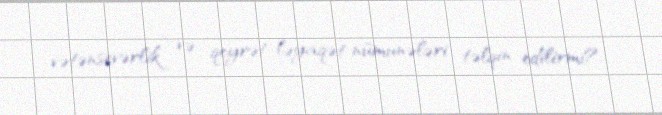
vətənsevərlik və qeyrət-ləyaqət nümunələri təlqin edilirmi?.